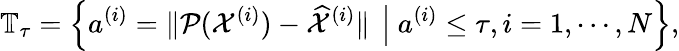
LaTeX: \mathbb T_{\tau}=\left\{ a^{(i)}=\| \mathcal P(\mathcal X^{(i)})-\widehat{\mathcal X}^{(i)}\| ~\left|~a^{(i)}\leq\tau,i=1,\cdots,N\right.\right\} ,